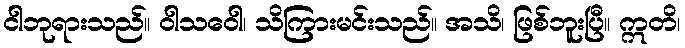
ငါဘုရားသည်။ ဝါသဝေါ၊ သိကြားမင်းသည်။ အသိ၊ ဖြစ်ဘူးပြီ။ ဣတိ၊